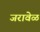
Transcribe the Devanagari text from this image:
जरावेळ